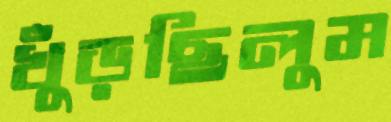
খুঁড়ছিলুম